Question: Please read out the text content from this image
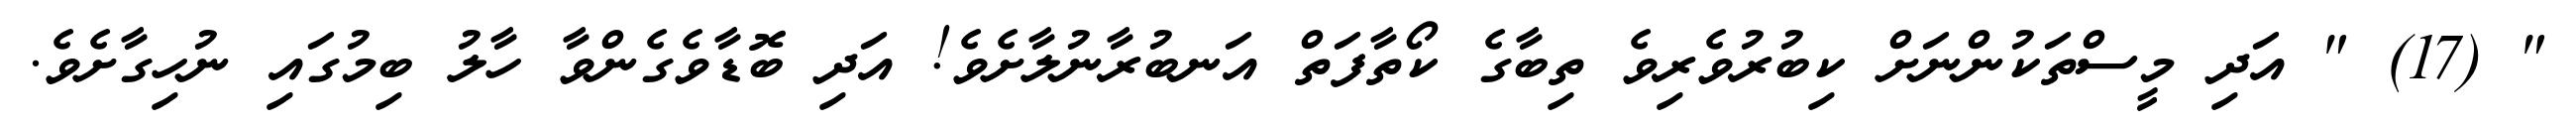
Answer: " (17) " އަދި މީސްތަކުންނަށް ކިބުރުވެރިވެ ތިބާގެ ކޯތާފަތް އަނބުރާނުލާށެވެ! އަދި ބޮޑާވެގެންވާ ހާލު ބިމުގައި ނުހިގާށެވެ.